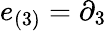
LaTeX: e_{(3)}=\partial_{3}